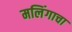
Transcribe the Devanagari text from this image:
मलिंगाचा